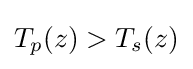
T_{p}(z)>T_{s}(z)